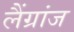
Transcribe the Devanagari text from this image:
लैंग्रांज